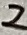
Text: 2